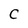
Character: C